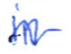
Text: in
Cross-out: wave
Writing tool: ballpoint